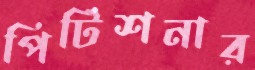
পিটিশনার